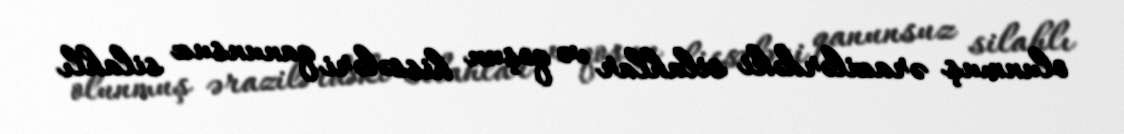
olunmuş ərazilərdəki silahlar və qoşun hissələri qanunsuz silahlı